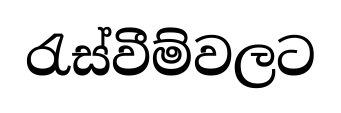
රැස්වීම්වලට